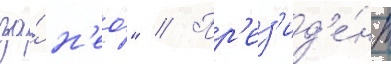
за́ н'ео́" // Пр'ез'ид'е́нт